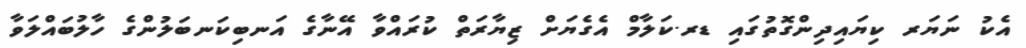
އެކު ނަޔަރ ކިޔައިދިންގޮތުގައި ޑރ.ކަލާމް އެގެޔަށް ޒިޔާރަތް ކުރައްވާ އޭނާގެ އަނބިކަނބަލުންގެ ހާލުބައްލަވާ